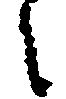
々